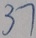
3 7